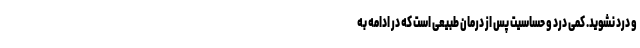
و درد نشوید. کمی درد و حساسیت پس از درمان طبیعی است که در ادامه به